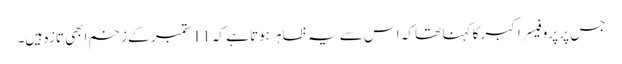
جس پر پروفیسر اکبر کا کہنا تھا کہ اس سے یہ ظاہر ہوتا ہے کہ 11 ستمبر کے زخم ابھی تازہ ہیں۔